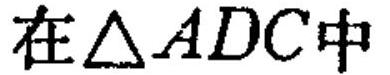
在\(\triangle ADC\)中